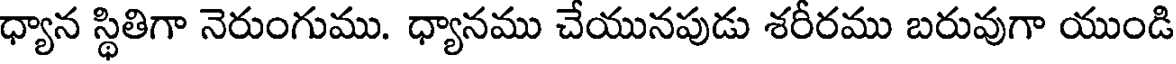
ధ్యాన స్థితిగా నెరుంగుము. ధ్యానము చేయునపుడు శరీరము బరువుగా యుండి